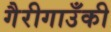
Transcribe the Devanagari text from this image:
गैरीगाउँकी